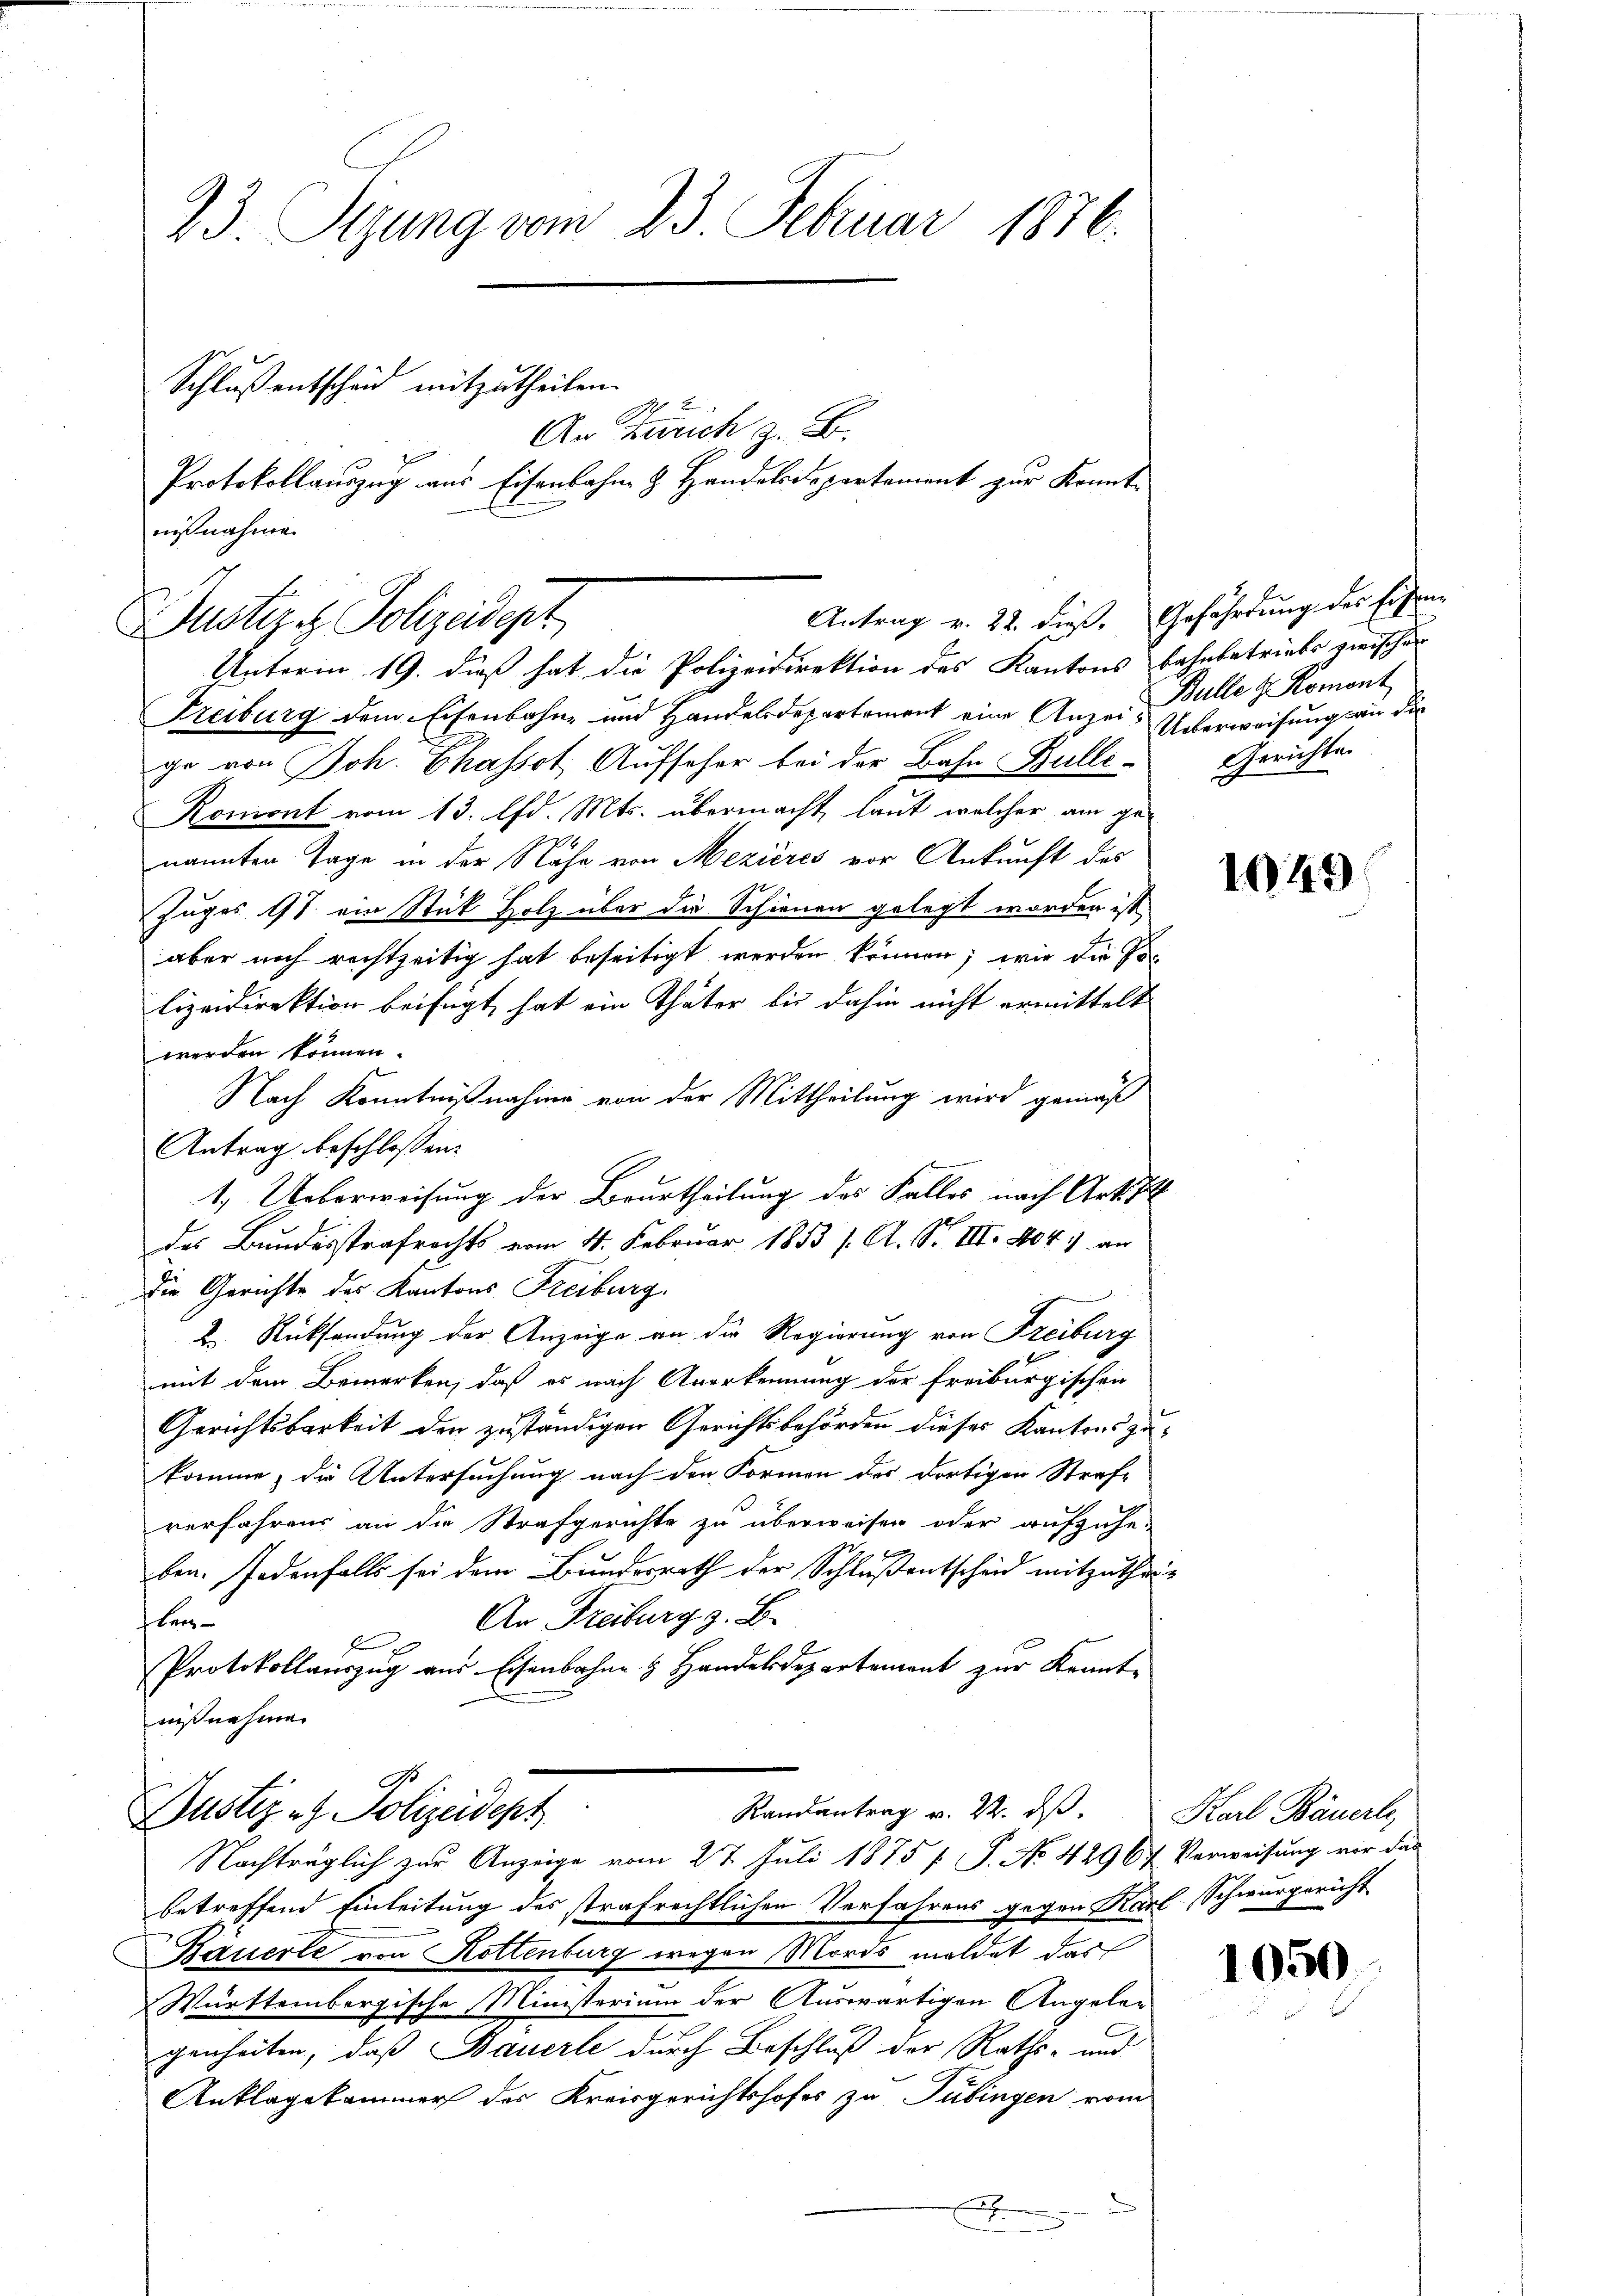
23. Sizung vom 23. Februar 1876.
Schluß entscheid mitzutheilen.
A 2
An Zürich z. B.
Protokollauszug aus Eisenbahn & Handelsdepartement zur Kenntnißnahme.

Unterin 19. dieß hat die Polizeidirektion des Kantons bahnbetriebe zwische
Freiburg dem Eisenbahn- und Handelsdepartement eine Anzei-Ueberweisung an die
ge von Joh. Chassot Aufseher bei der Bahn Bulle¬
Romont vom 13. d. Mts. übermacht, laut welcher am ge-
nannten Tage in der Nähe von Mezières vor Ankunft des
Zuges 11. ein Stick Holz über die Schienen gelegt worden ist,
aber noch rechtzeitig hat beseitigt werden können; wie die Polizeidirektion beifügt, hat ein Thäter bis dahin nicht ermittelt
werden können.
Nach Kenntnißnahme von der Mittheilung wird gemäß
Antrag beschlossen:
1. Ueberweisung der Beurtheilung des Falles nach Art. P
des Bundesstrafrechts vom 11. Februar 1853 s. A. S. III. 404. an
Die Gerichte des Kantons Freiburg,
2. Rücksendung der Anzeige an die Regierung von Freiburg
mit dem Bemerken, daß es nach Anerkennung der freiburgischen
Gerichtsbarkeit den zuständigen Gerichtsbehörden dieses Kantons zukomme, die Untersuchung nach den Formen des dortigen Strafe
verfahrens an die Strafgerichte zu überweisen oder aufzuhe-
ben. Jedenfalls sei dem Bundesrath der Schlußentscheid mitzuthei¬
An Freiburg z. B.
Ber
Protokollauszug aus Eisenbahn & Handelsdepartement zur Kenntnißnahme.
G
Randantrag v. 22. ds.
Justiz- & Polizeidept
Nachträglich zur Anzeige vom 27. Juli 1875 f. No. 4296 f. Verweisung vor das
betreffend Einleitung des strafrechtlichen Verfahrens gegen Karl Schwurgericht
Bäuerte von Rottenburg wegen Mords meldet das
Württembergische Ministerium der Auswärtigen Angelegenheiten, daß Bauerle durch Beschluß der Raths- und
Anklagekammer der Kreisgerichtshofes zu Tübingen vom
.

Antrag v. 22. dieß. Gefährdung des Eisen¬
Justiz - Polizeidept

Bulle z. Romont
Gerichte.

1049

Karl Bäuerle,

1050